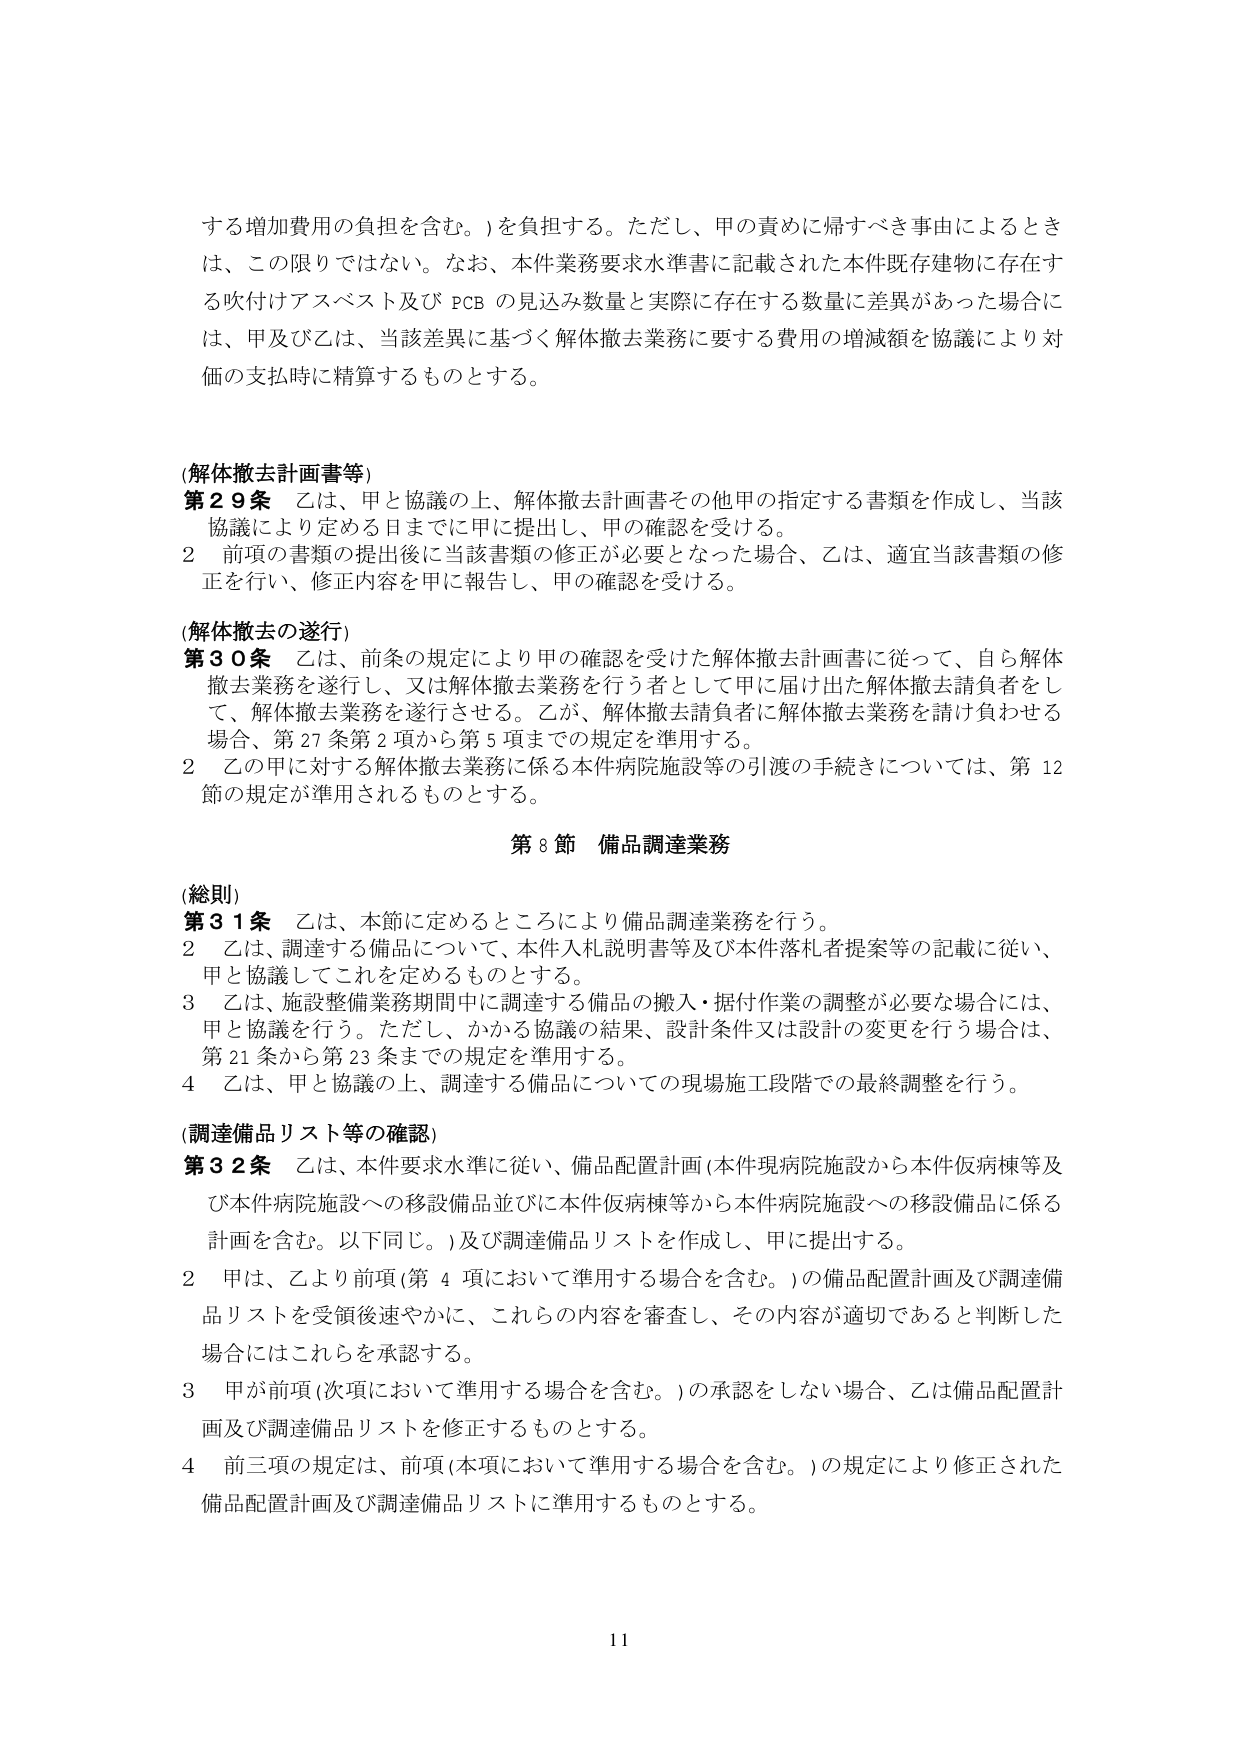
する増加費用の負担を含む。)を負担する。ただし、甲の責めに帰すべき事由によるときは、この限りではない。なお、本件業務要求水準書に記載された本件既存建物に存在する吹付けアスベスト及びPCBの見込み数量と実際に存在する数量に差異があった場合には、甲及び乙は、当該差異に基づく解体撤去業務に要する費用の増減額を協議により対価の支払時に精算するものとする。

(解体撤去計画書等)
第29条 乙は、甲と協議の上、解体撤去計画書その他甲の指定する書類を作成し、当該協議により定める日までに甲に提出し、甲の確認を受ける。
2 前項の書類の提出後に当該書類の修正が必要となった場合、乙は、適宜当該書類の修正を行い、修正内容を甲に報告し、甲の確認を受ける。

(解体撤去の遂行)
第30条 乙は、前条の規定により甲の確認を受けた解体撤去計画書に従って、自ら解体撤去業務を遂行し、又は解体撤去業務を行う者として甲に届け出た解体撤去請負者をして、解体撤去業務を遂行させる。乙が、解体撤去請負者に解体撤去業務を請け負わせる場合、第27条第2項から第5項までの規定を準用する。
2 乙の甲に対する解体撤去業務に係る本件病院施設等の引渡の手続きについては、第12節の規定が準用されるものとする。

第8節 備品調達業務

(総則)
第31条 乙は、本節に定めるところにより備品調達業務を行う。
2 乙は、調達する備品について、本件入札説明書等及び本件落札者提案等の記載に従い、甲と協議してこれを定めるものとする。
3 乙は、施設整備業務期間中に調達する備品の搬入・据付作業の調整が必要な場合には、甲と協議を行う。ただし、かかる協議の結果、設計条件又は設計の変更を行う場合は、第21条から第23条までの規定を準用する。
4 乙は、甲と協議の上、調達する備品についての現場施工段階での最終調整を行う。

(調達備品リスト等の確認)
第32条 乙は、本件要求水準に従い、備品配置計画(本件現病院施設から本件仮病棟等及び本件病院施設への移設備品並びに本件仮病棟等から本件病院施設への移設備品に係る計画を含む。以下同じ。)及び調達備品リストを作成し、甲に提出する。
2 甲は、乙より前項(第4項において準用する場合を含む。)の備品配置計画及び調達備品リストを受領後速やかに、これらの内容を審査し、その内容が適切であると判断した場合にはこれらを承認する。
3 甲が前項(次項において準用する場合を含む。)の承認をしない場合、乙は備品配置計画及び調達備品リストを修正するものとする。
4 前三項の規定は、前項(本項において準用する場合を含む。)の規定により修正された備品配置計画及び調達備品リストに準用するものとする。

11